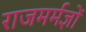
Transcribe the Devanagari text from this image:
राजमर्मज्ञों